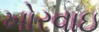
ખોરવાઇ